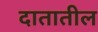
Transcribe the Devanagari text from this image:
दातातील